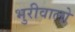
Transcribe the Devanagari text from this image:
भुरीवालो